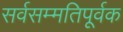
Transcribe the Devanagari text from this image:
सर्वसम्मतिपूर्वक